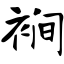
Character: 裥